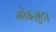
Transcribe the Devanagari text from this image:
गोइज़ुटा